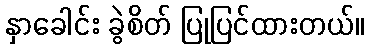
နှာခေါင်း ခွဲစိတ် ပြုပြင်ထားတယ်။